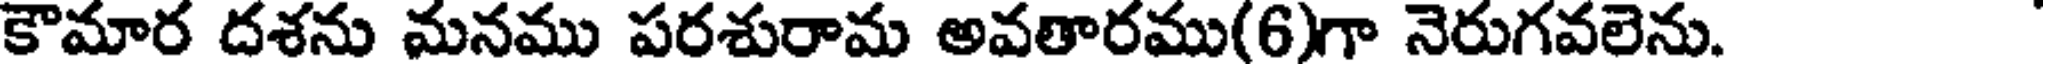
కౌమార దశను మనము పరశురామ అవతారము(6)గా నెరుగవలెను.